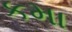
કમા